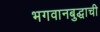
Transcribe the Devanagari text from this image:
भगवानबुद्धाची